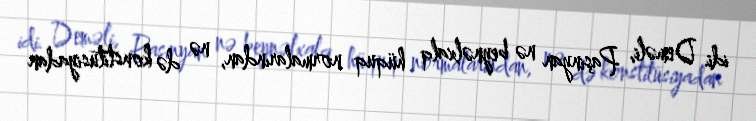
idi. Deməli, Paşinyan nə beynəlxalq hüquq normalarından, nə də konstitusiyadan